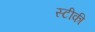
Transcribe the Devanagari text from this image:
स्टीकी